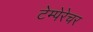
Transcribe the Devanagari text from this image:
टेम्पेरेचर